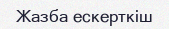
Жазба ескерткіш